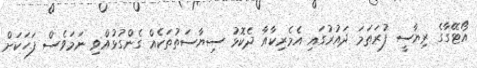
އޯޓޭގާގެ ރިޔާސީ ފުރަތަމަ ދައުރުގައި އެމެރިކާއާ ދެކޮޅު ސިޔާސަތުތަކެއް ގެންގުޅުއްވި ނަމަވެސް ފަހަކަށް